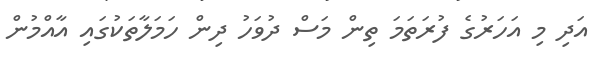
އަދި މި އަހަރުގެ ފުރަތަމަ ތިން މަސް ދުވަހު ދިން ހަމަލާތަކުގައި އާއްމުން